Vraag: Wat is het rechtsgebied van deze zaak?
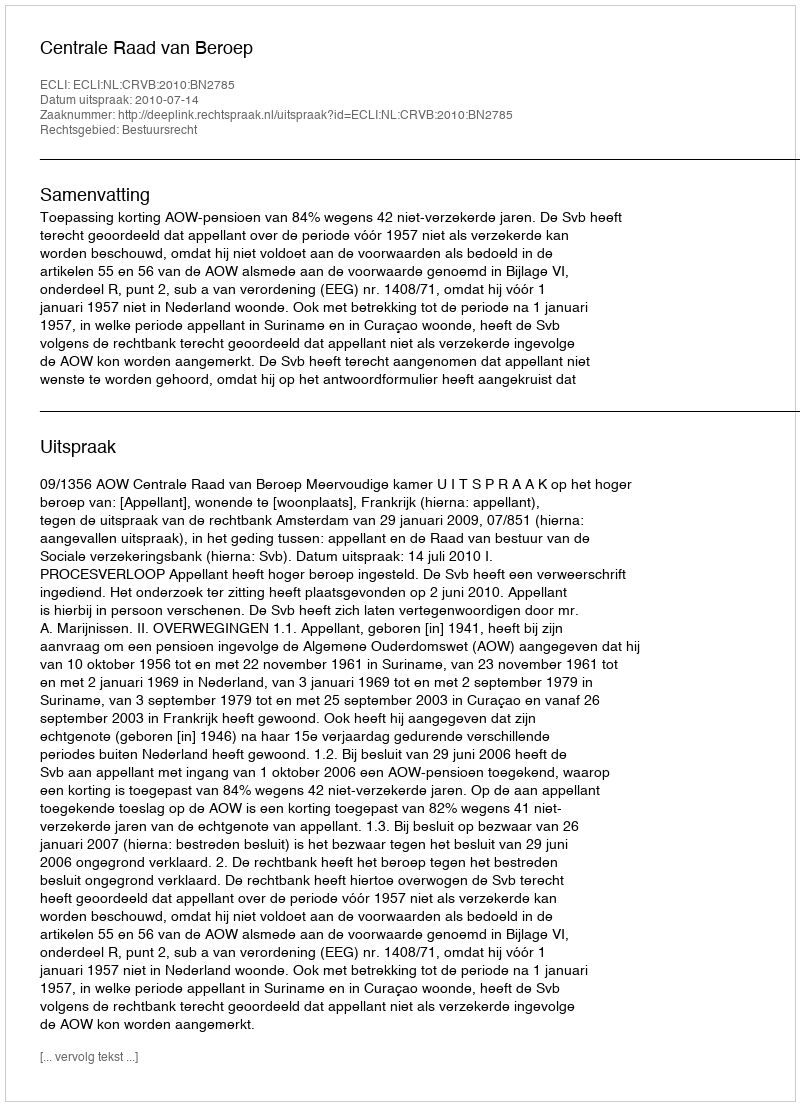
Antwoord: Bestuursrecht